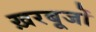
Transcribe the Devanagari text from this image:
ख़रबूजों